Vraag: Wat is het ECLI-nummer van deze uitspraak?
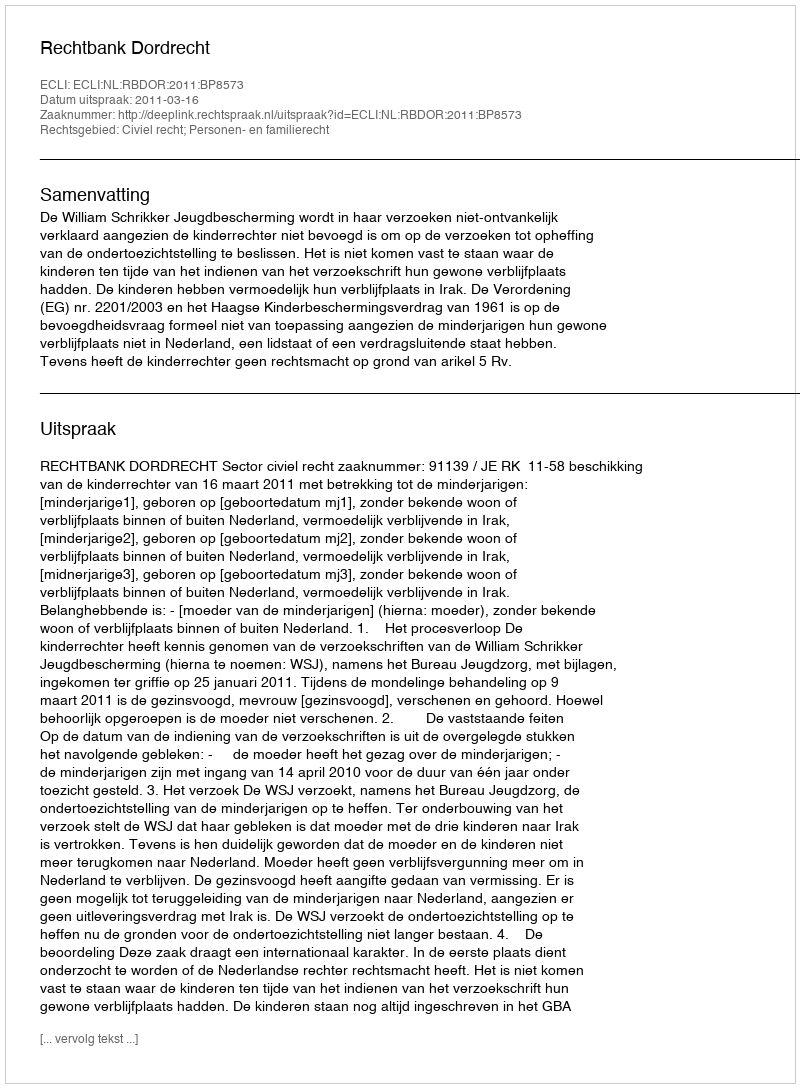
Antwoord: ECLI:NL:RBDOR:2011:BP8573